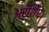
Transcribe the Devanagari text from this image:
अरॅशिए